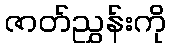
ဇာတ်ညွှန်းကို